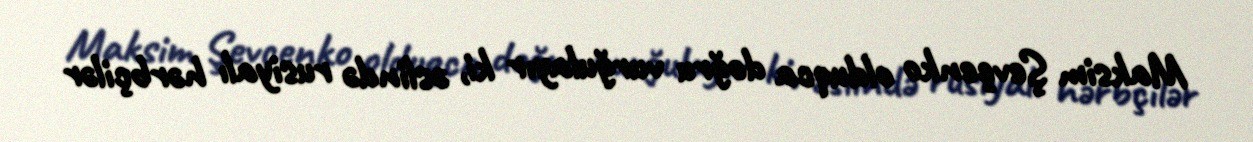
Maksim Şevçenko olduqca doğru vurğulayır ki, əslində rusiyalı hərbçilər